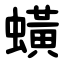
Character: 蟥